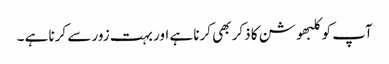
آپ کو کلبھوشن کا ذکر بھی کرنا ہے اور بہت زور سے کرنا ہے ۔